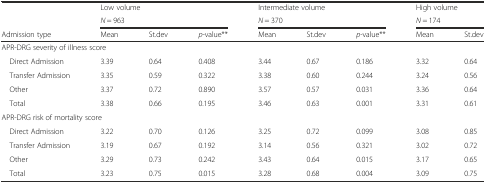
|  | <COLSPAN=3> Low volume | <COLSPAN=3> Intermediate volume | <COLSPAN=2> High volume |
 |  | <COLSPAN=3> N = 963 | <COLSPAN=3> N = 370 | <COLSPAN=2> N = 174 |
 | Admission type | Mean | St.dev | p-value** | Mean | St.dev | p-value** | Mean | St.dev |
 | --- | --- | --- | --- | --- | --- | --- | --- | --- |
 | <COLSPAN=9> APR-DRG severity of illness score |
 | Direct Admission | 3.39 | 0.64 | 0.408 | 3.44 | 0.67 | 0.186 | 3.32 | 0.64 |
 | Transfer Admission | 3.35 | 0.59 | 0.322 | 3.38 | 0.60 | 0.244 | 3.24 | 0.56 |
 | Other | 3.37 | 0.72 | 0.890 | 3.57 | 0.57 | 0.031 | 3.36 | 0.64 |
 | Total | 3.38 | 0.66 | 0.195 | 3.46 | 0.63 | 0.001 | 3.31 | 0.61 |
 | <COLSPAN=9> APR-DRG risk of mortality score |
 | Direct Admission | 3.22 | 0.70 | 0.126 | 3.25 | 0.72 | 0.099 | 3.08 | 0.85 |
 | Transfer Admission | 3.19 | 0.67 | 0.192 | 3.14 | 0.56 | 0.321 | 3.02 | 0.72 |
 | Other | 3.29 | 0.73 | 0.242 | 3.43 | 0.64 | 0.015 | 3.17 | 0.65 |
 | Total | 3.23 | 0.75 | 0.015 | 3.28 | 0.68 | 0.004 | 3.09 | 0.75 |